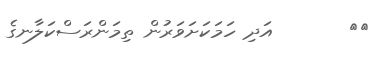
٤٩       އަދި ހަމަކަށަވަރުން ތިމަންރަސްކަލާނގެ